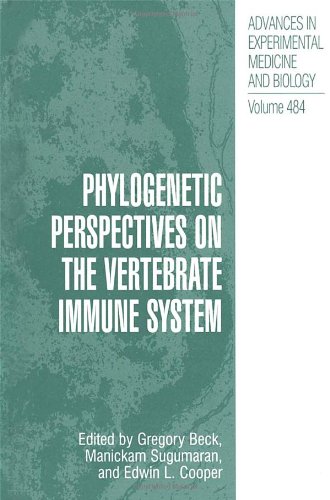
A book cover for Phylogenetic Perspectives on the Vertebrate Immune System (Advances in Experimental Medicine and Biology); Medical Books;